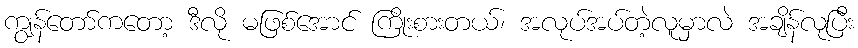
ကျွန်တော်ကတော့ ဒီလို မဖြစ်အောင် ကြိုးစားတယ်၊ အလုပ်အပ်တဲ့လူမှာလဲ အချိန်လုပြီး